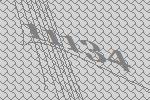
11134